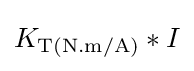
K_{\text{T(N.m/A)}}*I